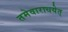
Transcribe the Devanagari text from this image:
तमेवाराधयेत्